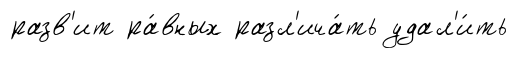
разв'ит ра́вных разл'ича́ть удал'и́ть